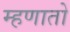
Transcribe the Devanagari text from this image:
म्हणातो